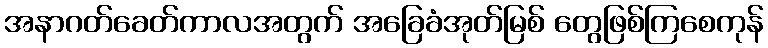
အနာဂတ်ခေတ်ကာလအတွက် အခြေခံအုတ်မြစ် တွေဖြစ်ကြစေကုန်